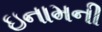
ઇનામની